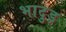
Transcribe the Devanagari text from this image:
भादुड़